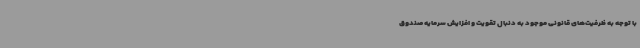
با توجه به ظرفیت‌های قانونی موجود به دنبال تقویت و افزایش سرمایه صندوق